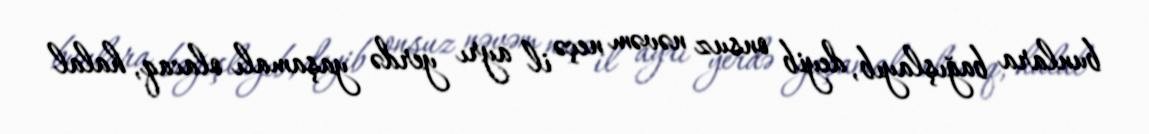
bunlara bağışlayıb, deyib onsuz nəvəm neçə il ayrı yerdə yaşamalı olacaq, halal